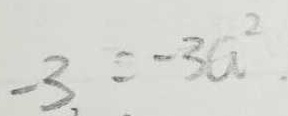
- 3 = - 3 a ^ { 2 }